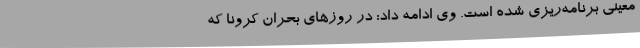
معینی برنامه‌ریزی شده است. وی ادامه داد: در روزهای بحران کرونا که